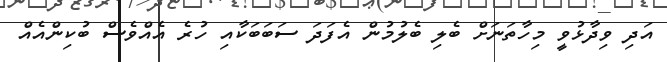
އަދި ވިދާޅުވީ މިހާތަނަށް ބެލި ބެލުމުން އެފަދަ ސަބަބަކާއި ހުރެ އެއްވެސް ބުކިންއެއް